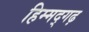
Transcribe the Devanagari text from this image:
हिम्मद्गढ़